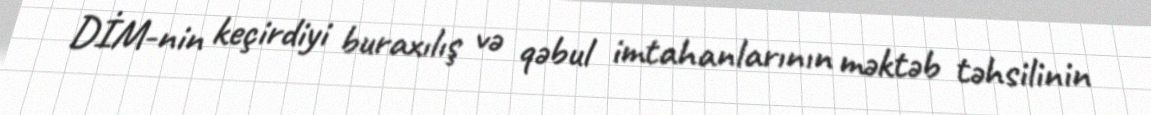
DİM-nin keçirdiyi buraxılış və qəbul imtahanlarının məktəb təhsilinin